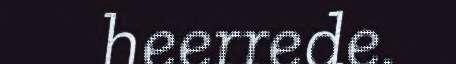
heerrede.